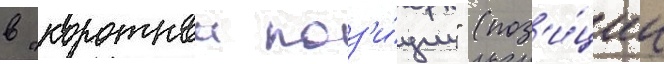
в "короткои поз'и́ции" (поз'и́ции